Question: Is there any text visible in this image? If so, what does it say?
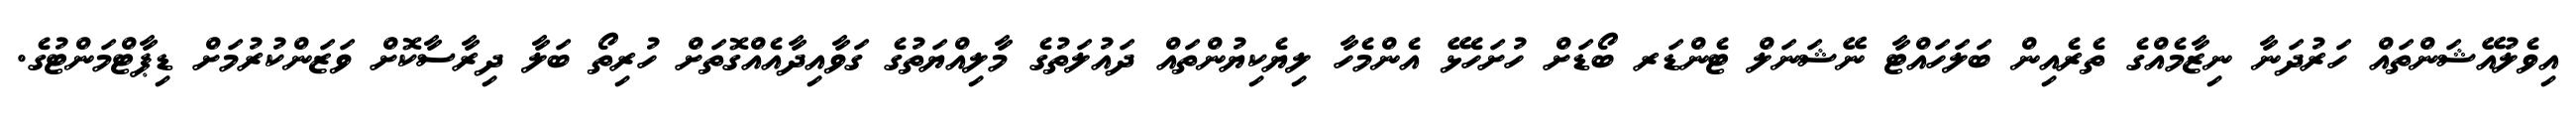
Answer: އިވެލުއޭޝަންތައް ހަރުދަނާ ނިޒާމެއްގެ ތެރެއިން ބަލަހައްޓާ ނޭޝަނަލް ޓެންޑަރ ބޯޑަށް ހުށަހެޅޭ އެންމެހާ ލިޔެކިޔުންތައް ދައުލަތުގެ މާލިއްޔަތުގެ ގަވާއިދާއެއްގޮތަށް ހުރިތޯ ބަލާ ދިރާސާކޮށް ވަޒަންކުރުމަށް ޑިޕާޓްމަންޓުގެ.